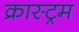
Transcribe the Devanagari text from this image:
क्रास्ट्रम